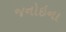
જનોઇના